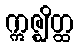
ဣဇ္ဈိတ္ထ